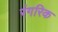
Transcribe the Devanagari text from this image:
रंगरिक